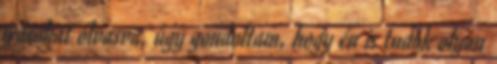
írásokat olvasva, úgy gondoltam, hogy én is tudok olyan